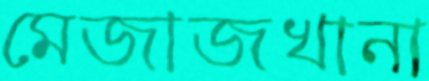
মেজাজখানা